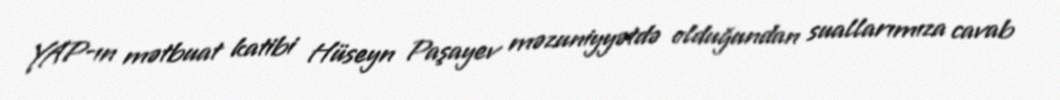
YAP-ın mətbuat katibi Hüseyn Paşayev məzuniyyətdə olduğundan suallarımıza cavab